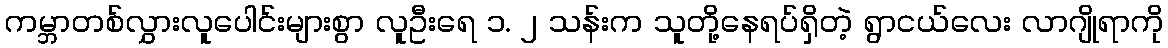
ကမ္ဘာတစ်လွှားလူပေါင်းများစွာ လူဦးရေ ၁. ၂ သန်းက သူတို့နေရပ်ရှိတဲ့ ရွာငယ်လေး လာဂျိုရာကို